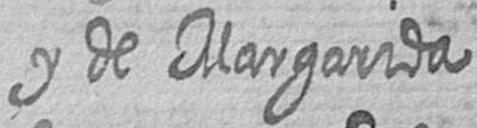
y de Margarida